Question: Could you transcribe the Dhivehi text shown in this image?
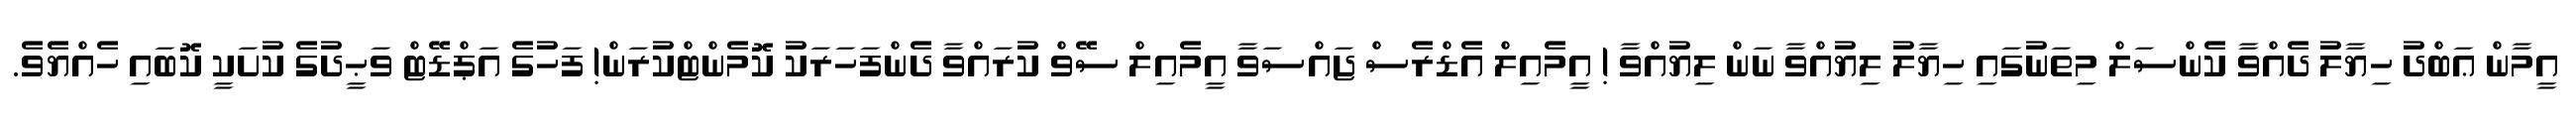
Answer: އީމާން ޢަބްދު ހިޔާލު ދެއްވާ ކެންސަލް މިތަނުގައި ހިޔާލު ލިޔުއްވާ ނަން ލިޔުއްވާ ! އީމެއިލް އެޑްރެސް ޖައްސަވާ އީމެއިލް ސޭވް ކުރައްވާ ދެންފަހަރަކު ކޮމެންޓްކުރަން! ފަހުގެ އަޕްޑޭޓް ވަޙީދުގެ ކުށަކީ ކޮބައި ހެއްޔެވެ.